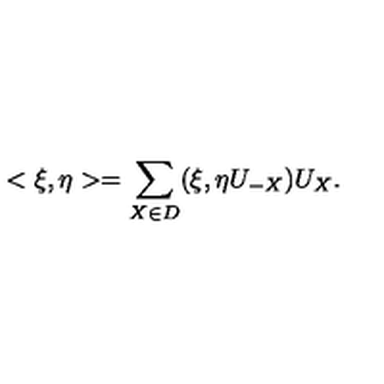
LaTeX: < \xi , \eta > = \sum _ { X \in D } ( \xi , \eta U _ { - X } ) U _ { X } .